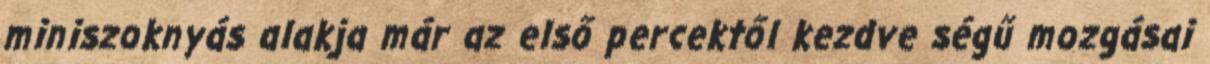
miniszoknyás alakja már az első percektől kezdve ségű mozgásai